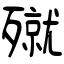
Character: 殧